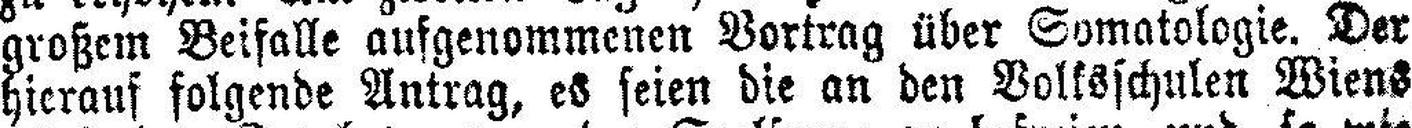
großem Beifalle aufgenommenen Vortrag über Somatologie. Der